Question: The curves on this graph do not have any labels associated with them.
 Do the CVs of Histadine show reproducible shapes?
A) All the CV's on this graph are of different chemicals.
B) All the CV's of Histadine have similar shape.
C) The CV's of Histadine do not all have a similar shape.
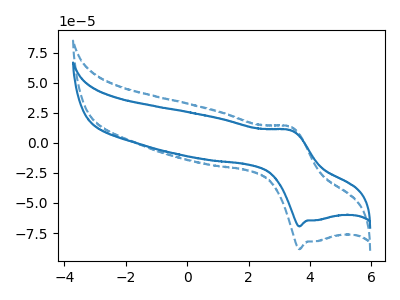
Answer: <think>The blue curve "blue" has an anodic peak at (3.35V, 10.55uA) and a cathodic peak at (3.65V, -69.50uA). The blue dashed curve "blue dashed" has an anodic peak at (3.35V, 13.40uA) and a cathodic peak at (3.65V, -88.40uA).
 All the peaks in "blue" have a peak in "blue dashed" at the same potential. Every peak in "blue" is lower than every peak in "blue dashed".</think>
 <answer>B) All the CV's of "Histadine" have similar shape.</answer>
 <eval>B</eval>